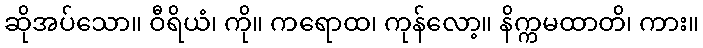
ဆိုအပ်သော။ ဝီရိယံ၊ ကို။ ကရောထ၊ ကုန်လော့။ နိက္ကမထာတိ၊ ကား။